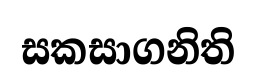
සකසාගනිති